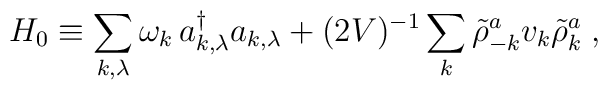
H_0 \equiv \sum_{k, \lambda} \omega_k \, a_{k, \lambda}^{\dag} a_{k, \lambda}  +(2V)^{-1} \sum_k \tilde{\rho}_{-k}^a v_k \tilde{\rho}_{k}^a\;\mbox{,}